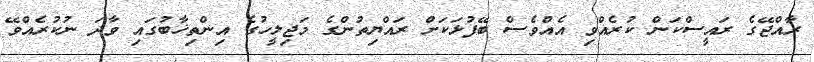
ރާއްޖޭގެ ރައީސްކަން ކުރެއްވި އެއްވެސް ބޭފުޅަކަށް ރައްޔިތުންގެ މަޖިލީހުގެ އިންތިޚާބުގައި ވާދަ ނުކުރެއްވޭ